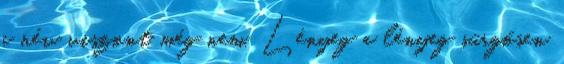
a név viszont még nem. Lényeg a lényeg sürgősen